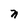
Character: n